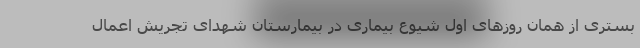
بستری از همان روزهای اول شیوع بیماری در بیمارستان شهدای تجریش اعمال